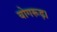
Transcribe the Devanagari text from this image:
योगरूढ़।